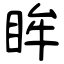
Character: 眸